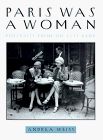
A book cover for Paris Was a Woman: Portraits from the Left Bank; Andrea Weiss; Politics & Social Sciences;